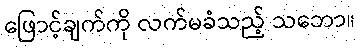
ဖြောင့်ချက်ကို လက်မခံသည့် သဘော။